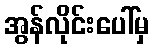
အွန်လိုင်းပေါ်မှ